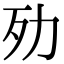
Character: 𣦺